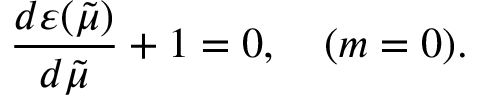
\frac { d \varepsilon ( \tilde { \mu } ) } { d \tilde { \mu } } + 1 = 0 , \quad ( m = 0 ) .